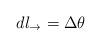
LaTeX: \begin{align*}dl_{\rightarrow}=\Delta\theta \end{align*}